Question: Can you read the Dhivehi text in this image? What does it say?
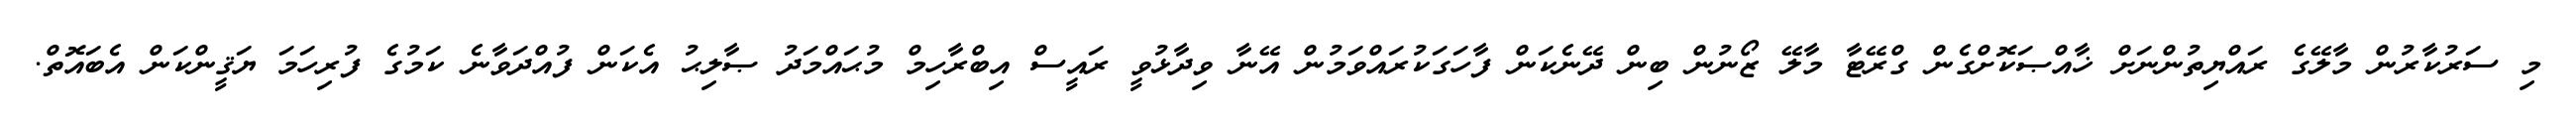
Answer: މި ސަރުކާރުން މާލޭގެ ރައްޔިތުންނަށް ޚާއްޞަކޮށްގެން ގްރޭޓާ މާލޭ ޒޯނުން ބިން ދޭނެކަން ފާހަގަކުރައްވަމުން އޭނާ ވިދާޅުވީ ރައީސް އިބްރާހިމް މުޙައްމަދު ޞާލިޙު އެކަން ފުއްދަވާނެ ކަމުގެ ފުރިހަމަ ޔަޤީންކަން އެބައޮތް.